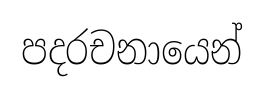
පදරචනායෙන්